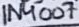
Text: 1N4007